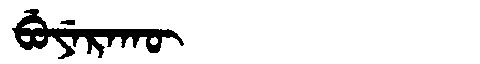
Manchu: ᠪᡠᠶᡝᡵᠠᡴᡡ
Romanization: BUYERAKŪ